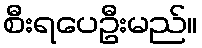
စီးရပေဦးမည်။